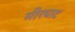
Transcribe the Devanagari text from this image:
मीरघाट